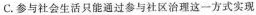
C.参与社会生活只能通过参与社区治理这一方式实现